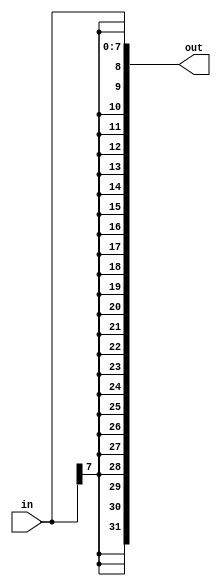
module top_module (
    input [7:0] in,
    output [31:0] out 
);

    // Sign-extend the 8-bit input to 32-bit output
    assign out = { {24{in[7]}}, in[7:0] };

endmodule